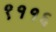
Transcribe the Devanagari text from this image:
९११६